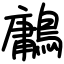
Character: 鷛